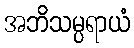
အဘိသမ္ပရာယံ